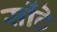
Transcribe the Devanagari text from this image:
सोंटे